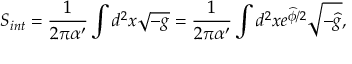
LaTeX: S _ { i n t } = \frac { 1 } { 2 \pi \alpha ^ { \prime } } \int d ^ { 2 } x \sqrt { - g } = \frac { 1 } { 2 \pi \alpha ^ { \prime } } \int d ^ { 2 } x e ^ { \widehat { \phi } / 2 } \sqrt { - \widehat { g } } ,